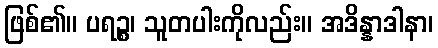
ဖြစ်၏။ ပရဉ္စ၊ သူတပါးကိုလည်း။ အဒိန္နာဒါနာ၊